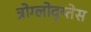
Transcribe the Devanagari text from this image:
त्रोग्लोद्य्तेस